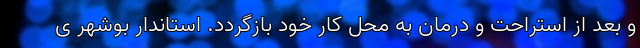
و بعد از استراحت و درمان به محل کار خود بازگردد. استاندار بوشهر ی